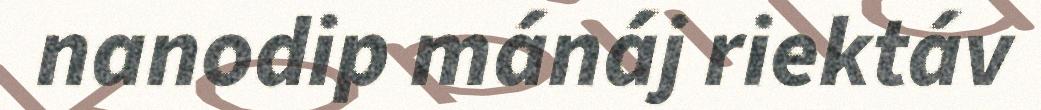
nanodip mánáj riektáv